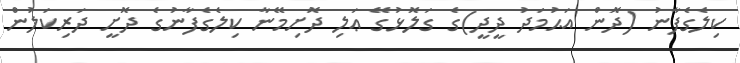
ކިލެގެފާނު (ދޮން އަޙުމަދު ދީދީ)ގެ ގަލޮޅުގޭ ޢަލި ދޮށިމޭނާ ކިލެގެފާނުގެ ދޮށީ ދަރިކަލުން